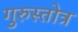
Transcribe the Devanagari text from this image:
गुरुस्तोत्र